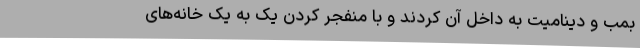
بمب و دینامیت به داخل آن کردند و با منفجر کردن یک به یک خانه‌های